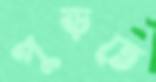
পুড়তে